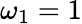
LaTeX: \omega_{1}=1